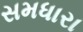
સમધારા